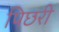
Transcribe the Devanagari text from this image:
पिछरी